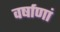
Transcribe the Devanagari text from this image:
वर्षाणां